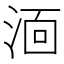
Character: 𭰫